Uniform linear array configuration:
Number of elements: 64
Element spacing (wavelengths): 0.5
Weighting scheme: exponential
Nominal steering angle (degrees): -30
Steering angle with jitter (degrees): -30.265
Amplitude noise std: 0.05
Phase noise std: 0.05

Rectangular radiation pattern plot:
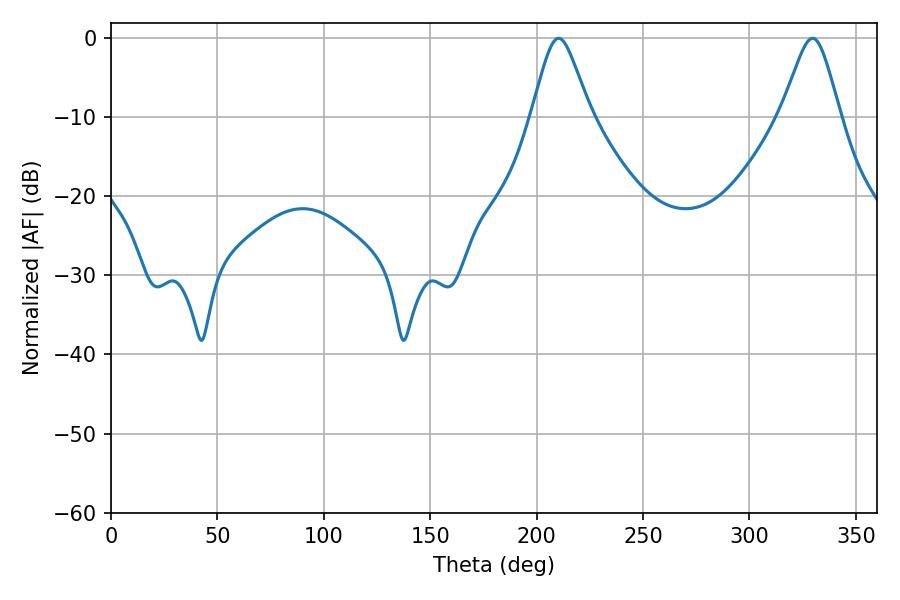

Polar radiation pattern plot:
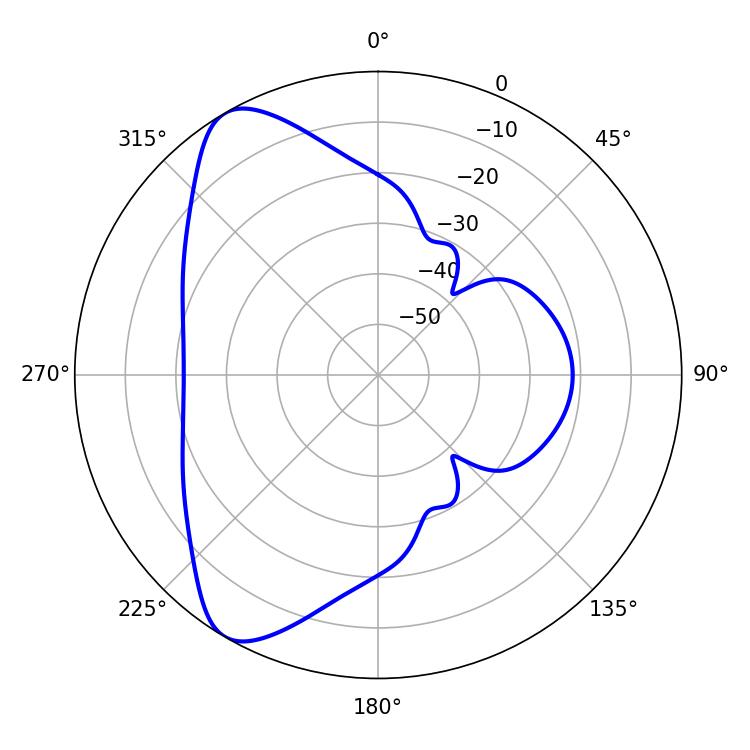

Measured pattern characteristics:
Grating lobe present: FALSE
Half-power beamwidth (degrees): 13.32
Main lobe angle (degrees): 210.42